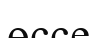
өссе